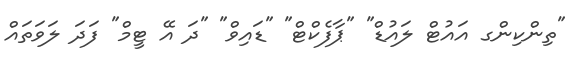
"ތިންކިންގ އައުޓް ލައުޑް" "ޕާފެކްޓް" "ޑައިވް" "ދަ އޭ ޓީމް" ފަދަ ލަވަތައް